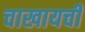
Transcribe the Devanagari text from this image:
चाखायची